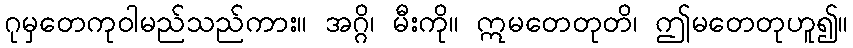
ဂုမှတေကုဝါမည်သည်ကား။ အဂ္ဂိ၊ မီးကို။ ဣမတေတုတိ၊ ဤမတေတုဟူ၍။